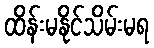
ထိန်းမနိုင်သိမ်းမရ